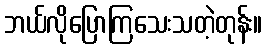
ဘယ်လိုပြောကြသေးသတဲ့တုန်း။